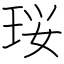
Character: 珱